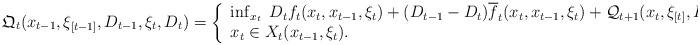
LaTeX: \begin{align*}\mathfrak{Q}_t( x_{t-1}, \xi_{[t-1]}, D_{t-1} , \xi_t , D_{t} ) = \left\{ \begin{array}{l}\inf_{x_t} \;D_{t} f_t(x_t, x_{t-1}, \xi_t ) + ( D_{t-1} - D_t ) {\overline{f}}_t(x_t, x_{t-1}, \xi_t ) + \mathcal{Q}_{t+1}( x_{t}, \xi_{[t]}, D_t ) \\ x_t \in X_t(x_{t-1}, \xi_t ).\end{array}\right.\end{align*}